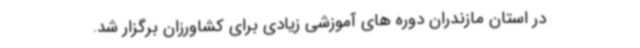
در استان مازندران دوره های آموزشی زیادی برای کشاورزان برگزار شد.